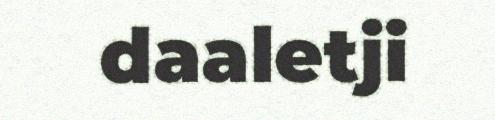
daaletji